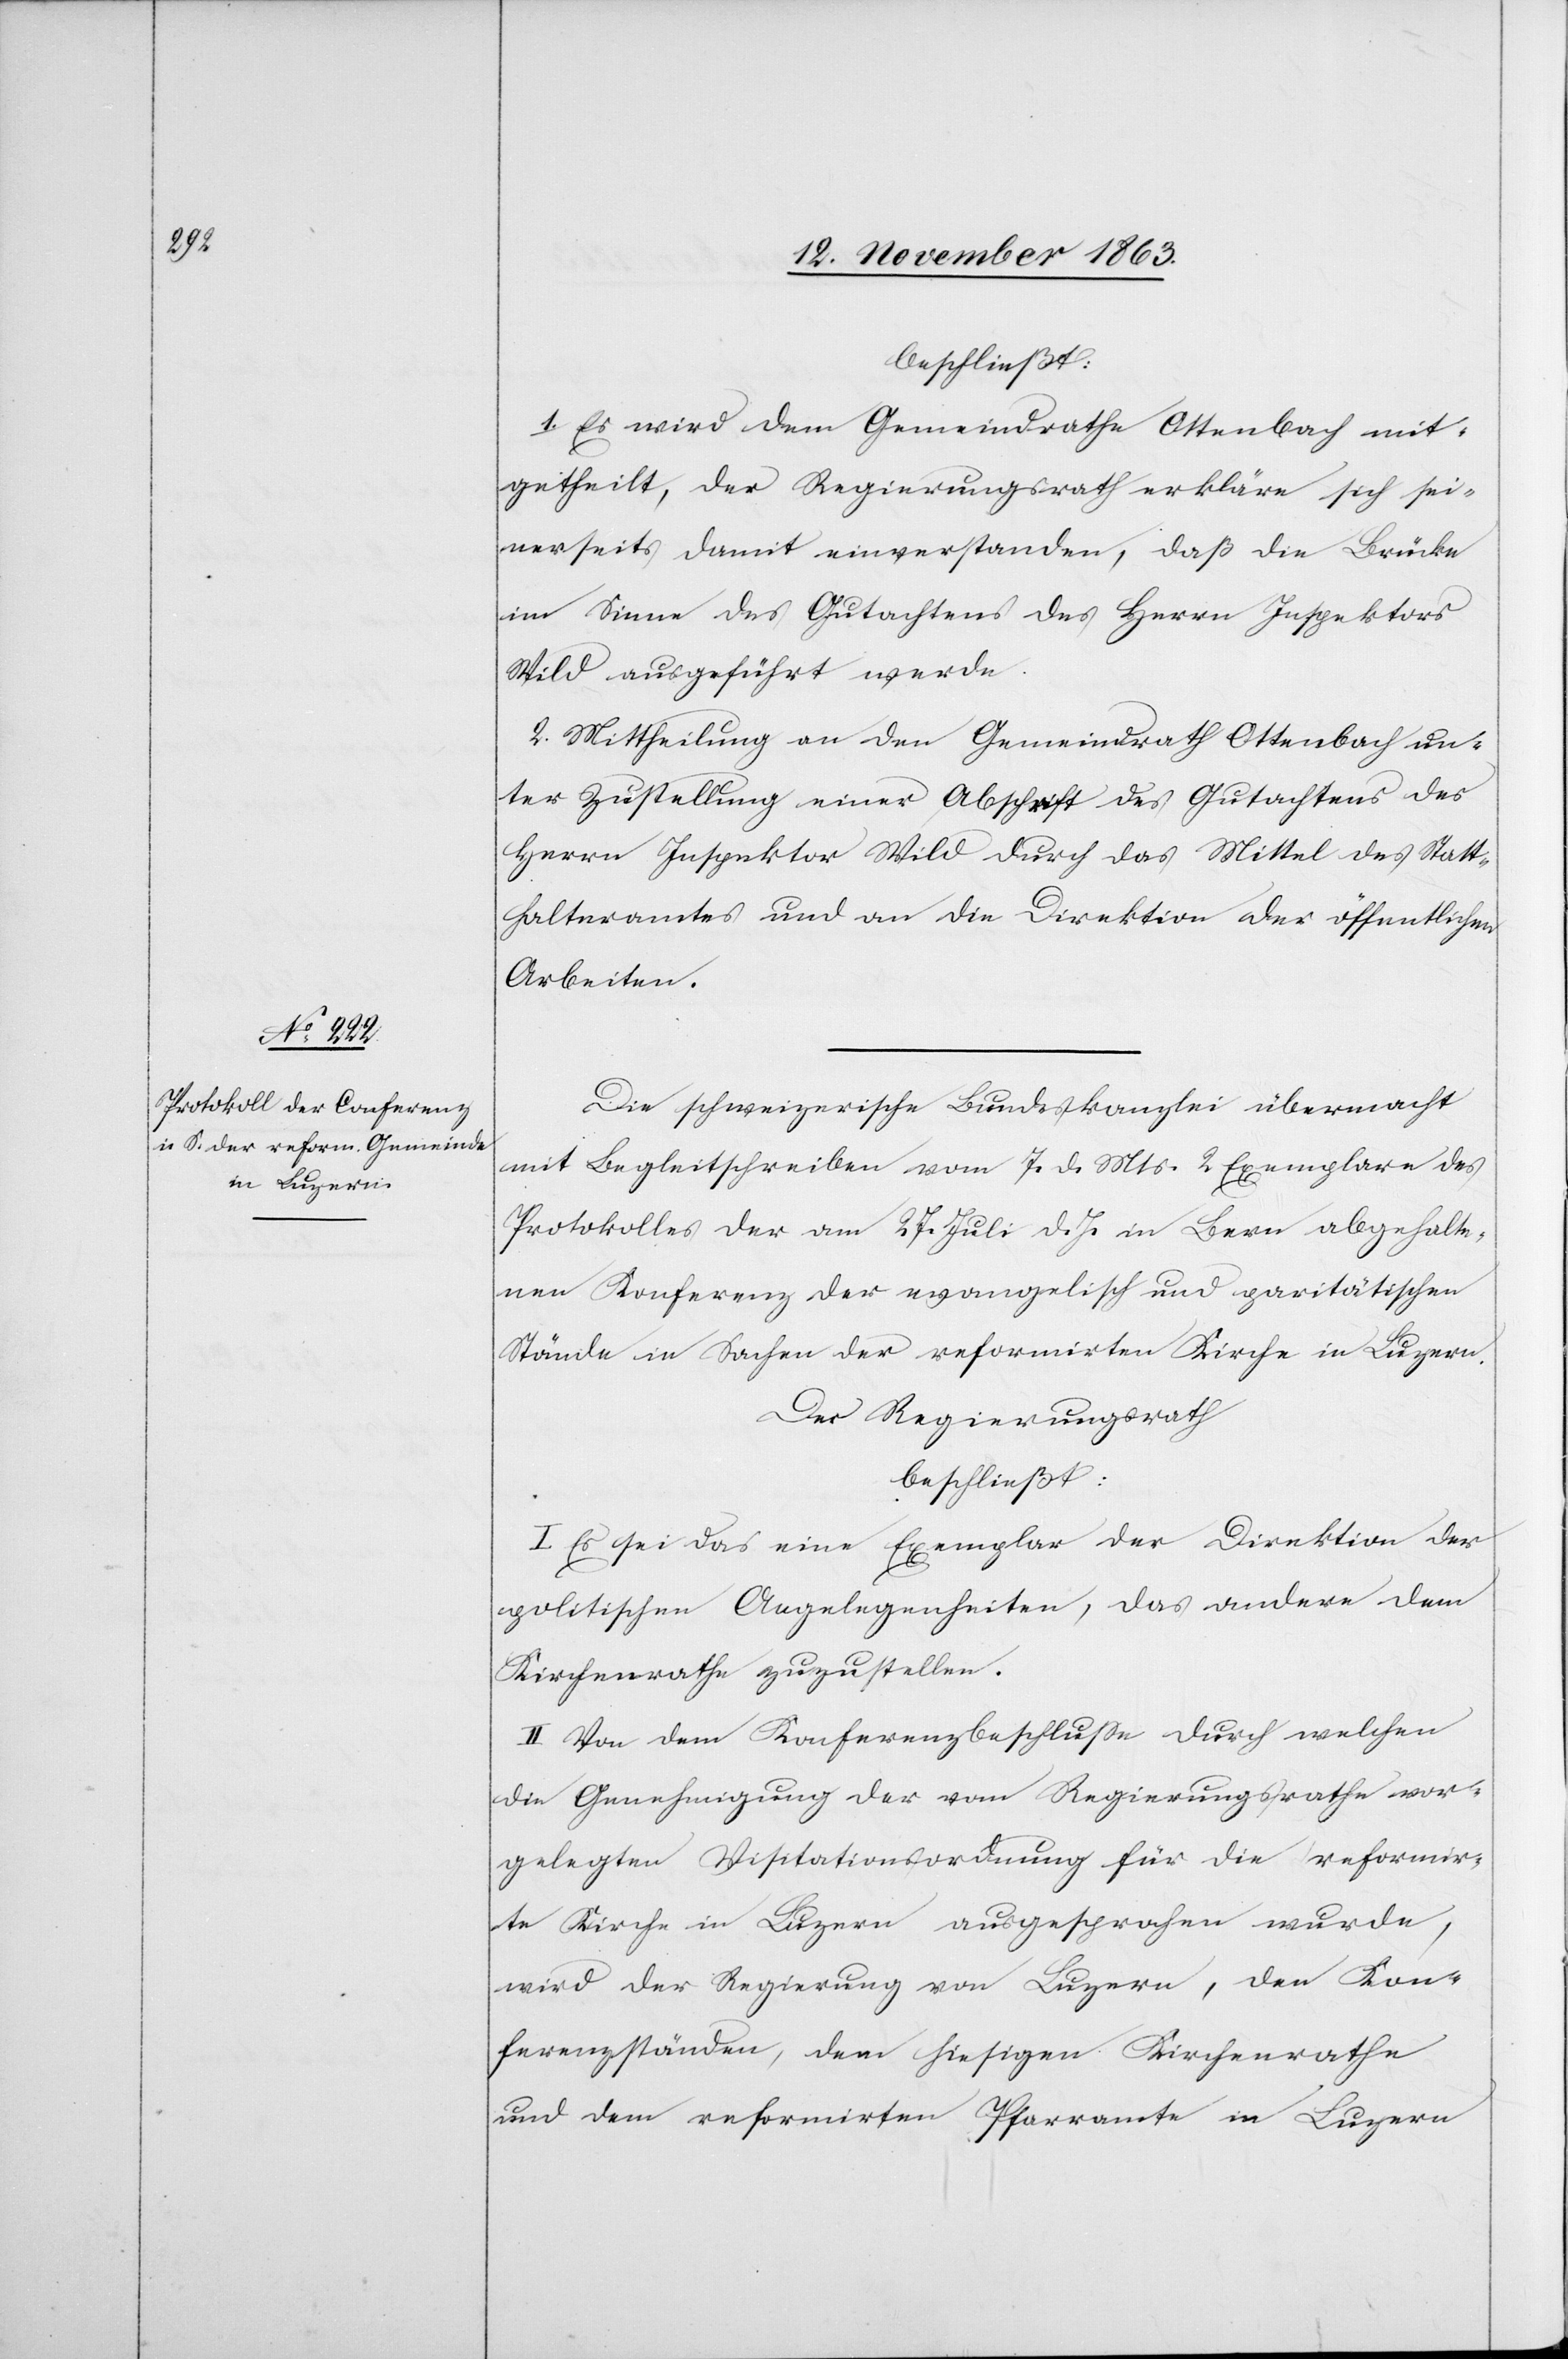
beschließt:
1. Es wird dem Gemeindrathe Ottenbach mit¬
getheilt, der Regierungsrath erkläre sich sei¬
nerseits damit einverstanden, daß die Brücke
im Sinne des Gutachtens des Herrn Inspektors
Wild ausgeführt werde.
2. Mittheilung an den Gemeindrath Ottenbach un¬
ter Zustellung einer Abschrift des Gutachtens des
Herrn Inspektor Wild durch das Mittel des Statt¬
halteramtes und an die Direktion der öffentlichen
Arbeiten.
Die schweizerische Bundeskanzlei übermacht
mit Begleitschreiben vom 7. d. Mts. 2 Exemplare des
Protokolles der am 27. Juli d. Js. in Bern abgehalte¬
nen Konferenz der evangelisch und paritätischen
Stände in Sachen der reformirten Kirche in Luzern.
Der Regierungsrath
beschließt:
I. Es sei das eine Exemplar der Direktion der
politischen Angelegenheiten, das andere dem
Kirchenrathe zuzustellen.
II. Von dem Konferenzbeschlusse durch welchen
die Genehmigung der vom Regierungsrathe vor¬
gelegten Visitationsordnung für die reformir¬
te Kirche in Luzern ausgesprochen wurde,
wird der Regierung von Luzern, den Kon¬
ferenzständen, dem hiesigen Kirchenrathe
und dem reformirten Pfarramte in Luzern